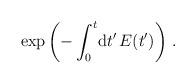
LaTeX: \begin{align*}\exp \left( - \int_0^t \! {\rm d}t'\, E(t') \right) \,.\end{align*}